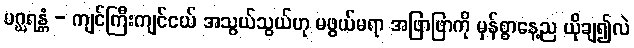
ပဂ္ဃရန္တံ - ကျင်ကြီးကျင်ငယ် အသွယ်သွယ်ဟု မဖွယ်မရာ အဖြာဖြာကို မှန်စွာနေ့ည ယိုချ၍လဲ